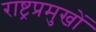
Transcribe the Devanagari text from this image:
राष्ट्रप्रमुखों